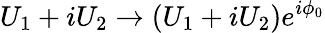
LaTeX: U_{1}+iU_{2}\to\left(U_{1}+iU_{2}\right)e^{i\phi_{0}}